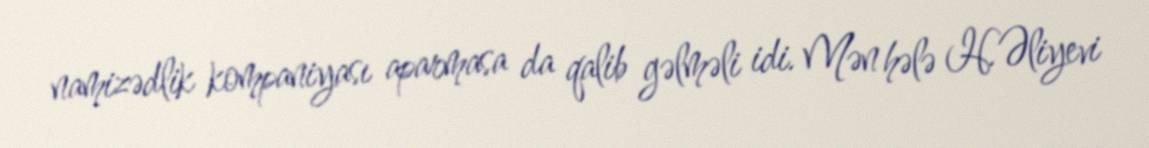
namizədlik kompaniyası aparmasa da qalib gəlməli idi. Mən hələ H.Əliyevi